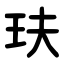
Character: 玞